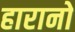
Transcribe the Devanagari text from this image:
हारानो